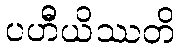
ပဟီယိဿတိ